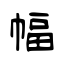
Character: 幅